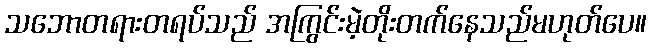
သဘောတရားတရပ်သည် အကြွင်းမဲ့တိုးတက်နေသည်မဟုတ်ပေ။